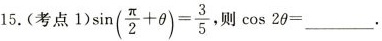
15.(考点1)$$\sin(\frac{\pi}{2}+ \theta)= \frac{3}{5}$$, 则$$\cos 2\theta=___$$.